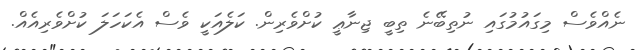
ނެއްވެސް މިގައުމުގައި ނުތިބޭނެ ތިބީ ޖިނާޢީ ކުށްވެރިން. ކަލެއަކީ ވެސް އެކަހަލަ ކުށްވެރިއެއް.